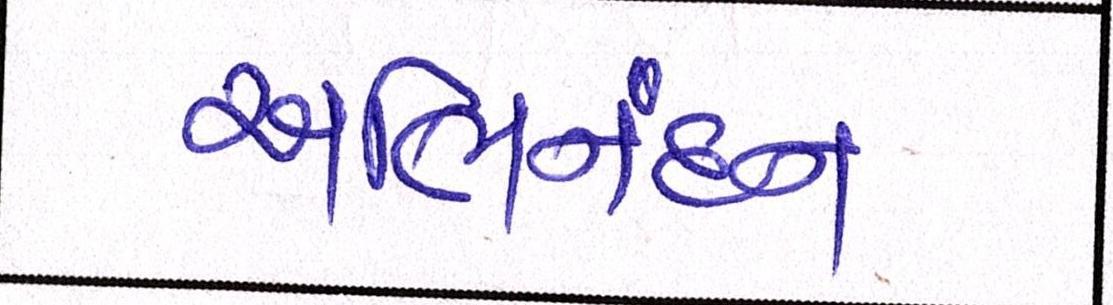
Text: અભિનંદન